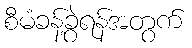
စီမံခန့်ခွဲရန်အတွက်